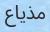
مذياع